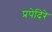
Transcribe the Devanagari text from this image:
प्रपेदिरे